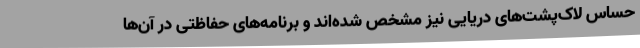
حساس لاک‌پشت‌های دریایی نیز مشخص شده‌اند و برنامه‌های حفاظتی در آن‌ها